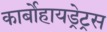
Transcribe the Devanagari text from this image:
कार्बोहायड्रेट्रस